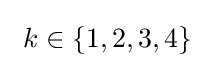
~k\in \{1,2,3,4\}\